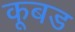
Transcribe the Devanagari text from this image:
कूबड